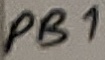
Text: PB